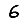
Digit: 6